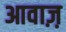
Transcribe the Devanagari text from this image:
आवाज़़